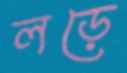
লড়ে